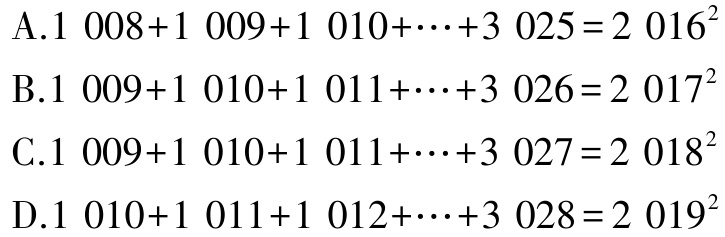
A.$1\ 008 + 1\ 009 + 1\ 010+\cdots+3\ 025 = 2\ 016^{2}$

B.$1\ 009 + 1\ 010 + 1\ 011+\cdots+3\ 026 = 2\ 017^{2}$

C.$1\ 009 + 1\ 010 + 1\ 011+\cdots+3\ 027 = 2\ 018^{2}$

D.$1\ 010 + 1\ 011 + 1\ 012+\cdots+3\ 028 = 2\ 019^{2}$